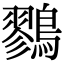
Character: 鷚